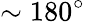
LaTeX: \sim 180^{\circ}